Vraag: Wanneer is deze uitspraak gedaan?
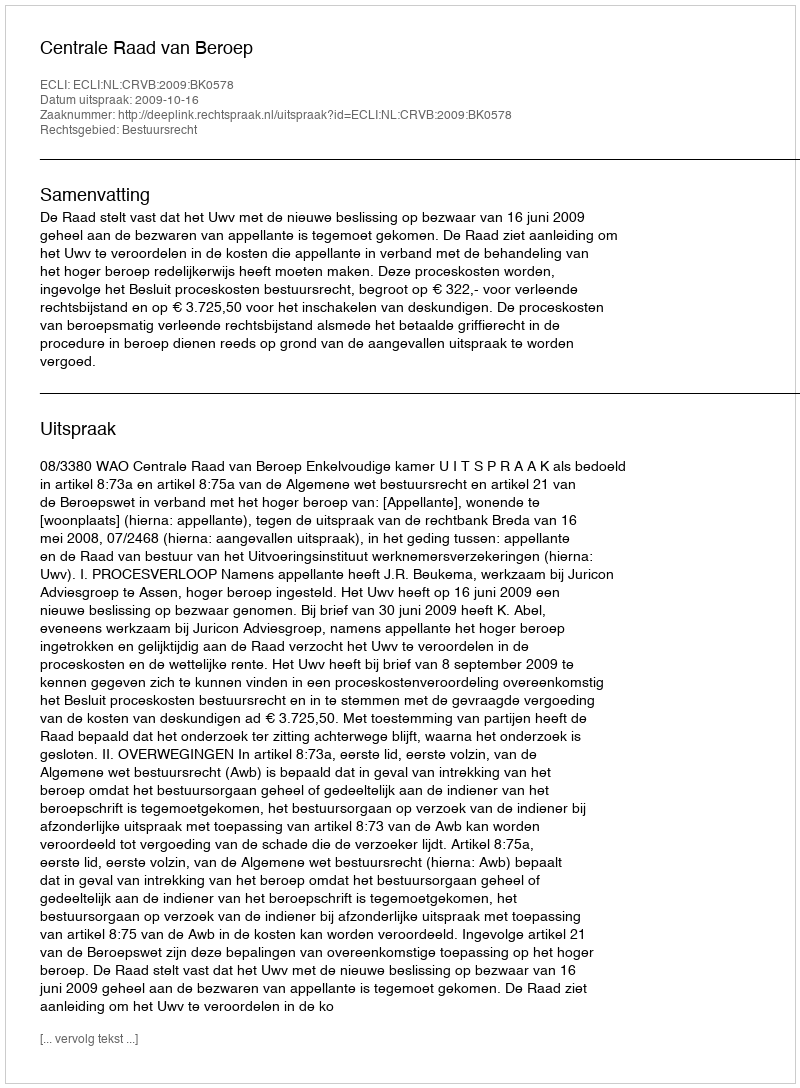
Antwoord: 2009-10-16